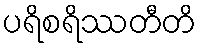
ပရိစရိဿတီတိ